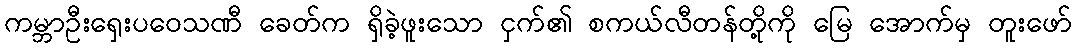
ကမ္ဘာဦးရှေးပဝေသဏီ ခေတ်က ရှိခဲ့ဖူးသော ငှက်၏ စကယ်လီတန်တို့ကို မြေ အောက်မှ တူးဖော်